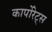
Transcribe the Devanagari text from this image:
कार्पोरेट्स